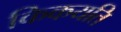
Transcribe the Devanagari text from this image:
किकयति